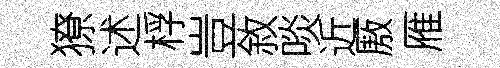
獠述桴豈敘啖近厫雁